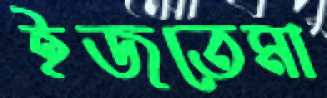
ইজতেমা